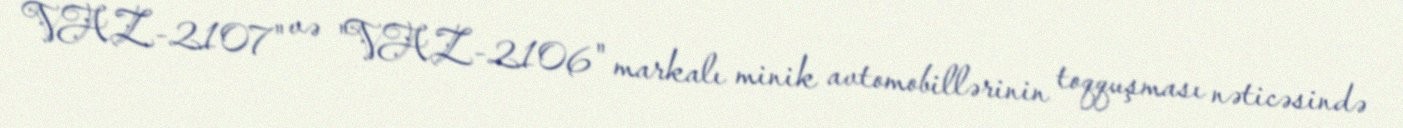
VAZ-2107" və "VAZ-2106" markalı minik avtomobillərinin toqquşması nəticəsində